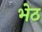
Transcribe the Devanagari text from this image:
भेठ